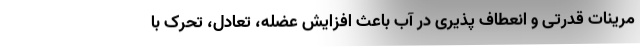
مرینات قدرتی و انعطاف پذیری در آب باعث افزایش عضله، تعادل، تحرک با